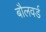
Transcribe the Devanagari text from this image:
बौलवर्ड